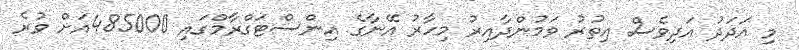
މި އަދަދު އަދިވެސް އިތުރު ވަމުންދާއިރު މިހާރު އޭނާގެ އިންސްޓަގްރާމްގައި 485000އަށް ވުރެ